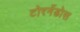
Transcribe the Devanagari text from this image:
टोरर्नेडोस